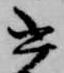
書